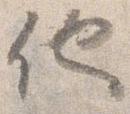
他